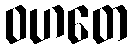
ဝဟတေ